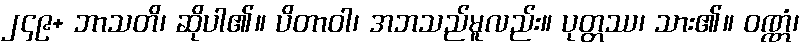
၂၄၉+ ဘာသတိ၊ ဆိုပါ၏။ ပိတာဝါ၊ အဘသည်မူလည်း။ ပုတ္တဿ၊ သား၏။ ဝဏ္ဏံ၊